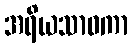
အရိယသာဝကာ